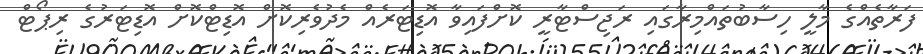
ފަރާތެއްގެ މާލީ ހިސާބުތައްމިރާގައި ރަޖިސްޓާރީ ކޮށްފައިވާ އޮޑިޓަރެއް މެދުވެރިކޮށް އޮޑިޓްކޮށް އޮޑިޓަރުގެ ރިޕޯޓް